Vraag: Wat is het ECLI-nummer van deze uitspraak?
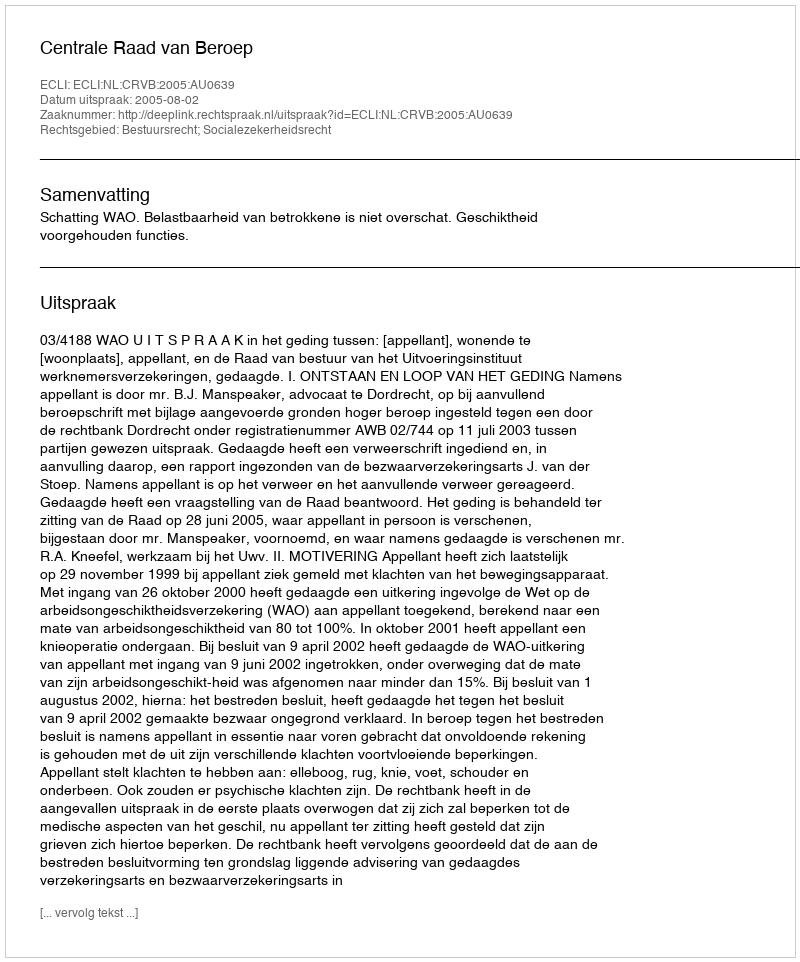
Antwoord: ECLI:NL:CRVB:2005:AU0639